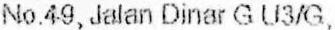
NO.49, JALAN DINAR G U3/G,